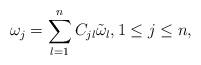
LaTeX: \begin{align*} \omega_{j}=\sum\limits_{l=1}^{n}C_{jl}\tilde{\omega}_{l},1\leq j\leq n,\end{align*}